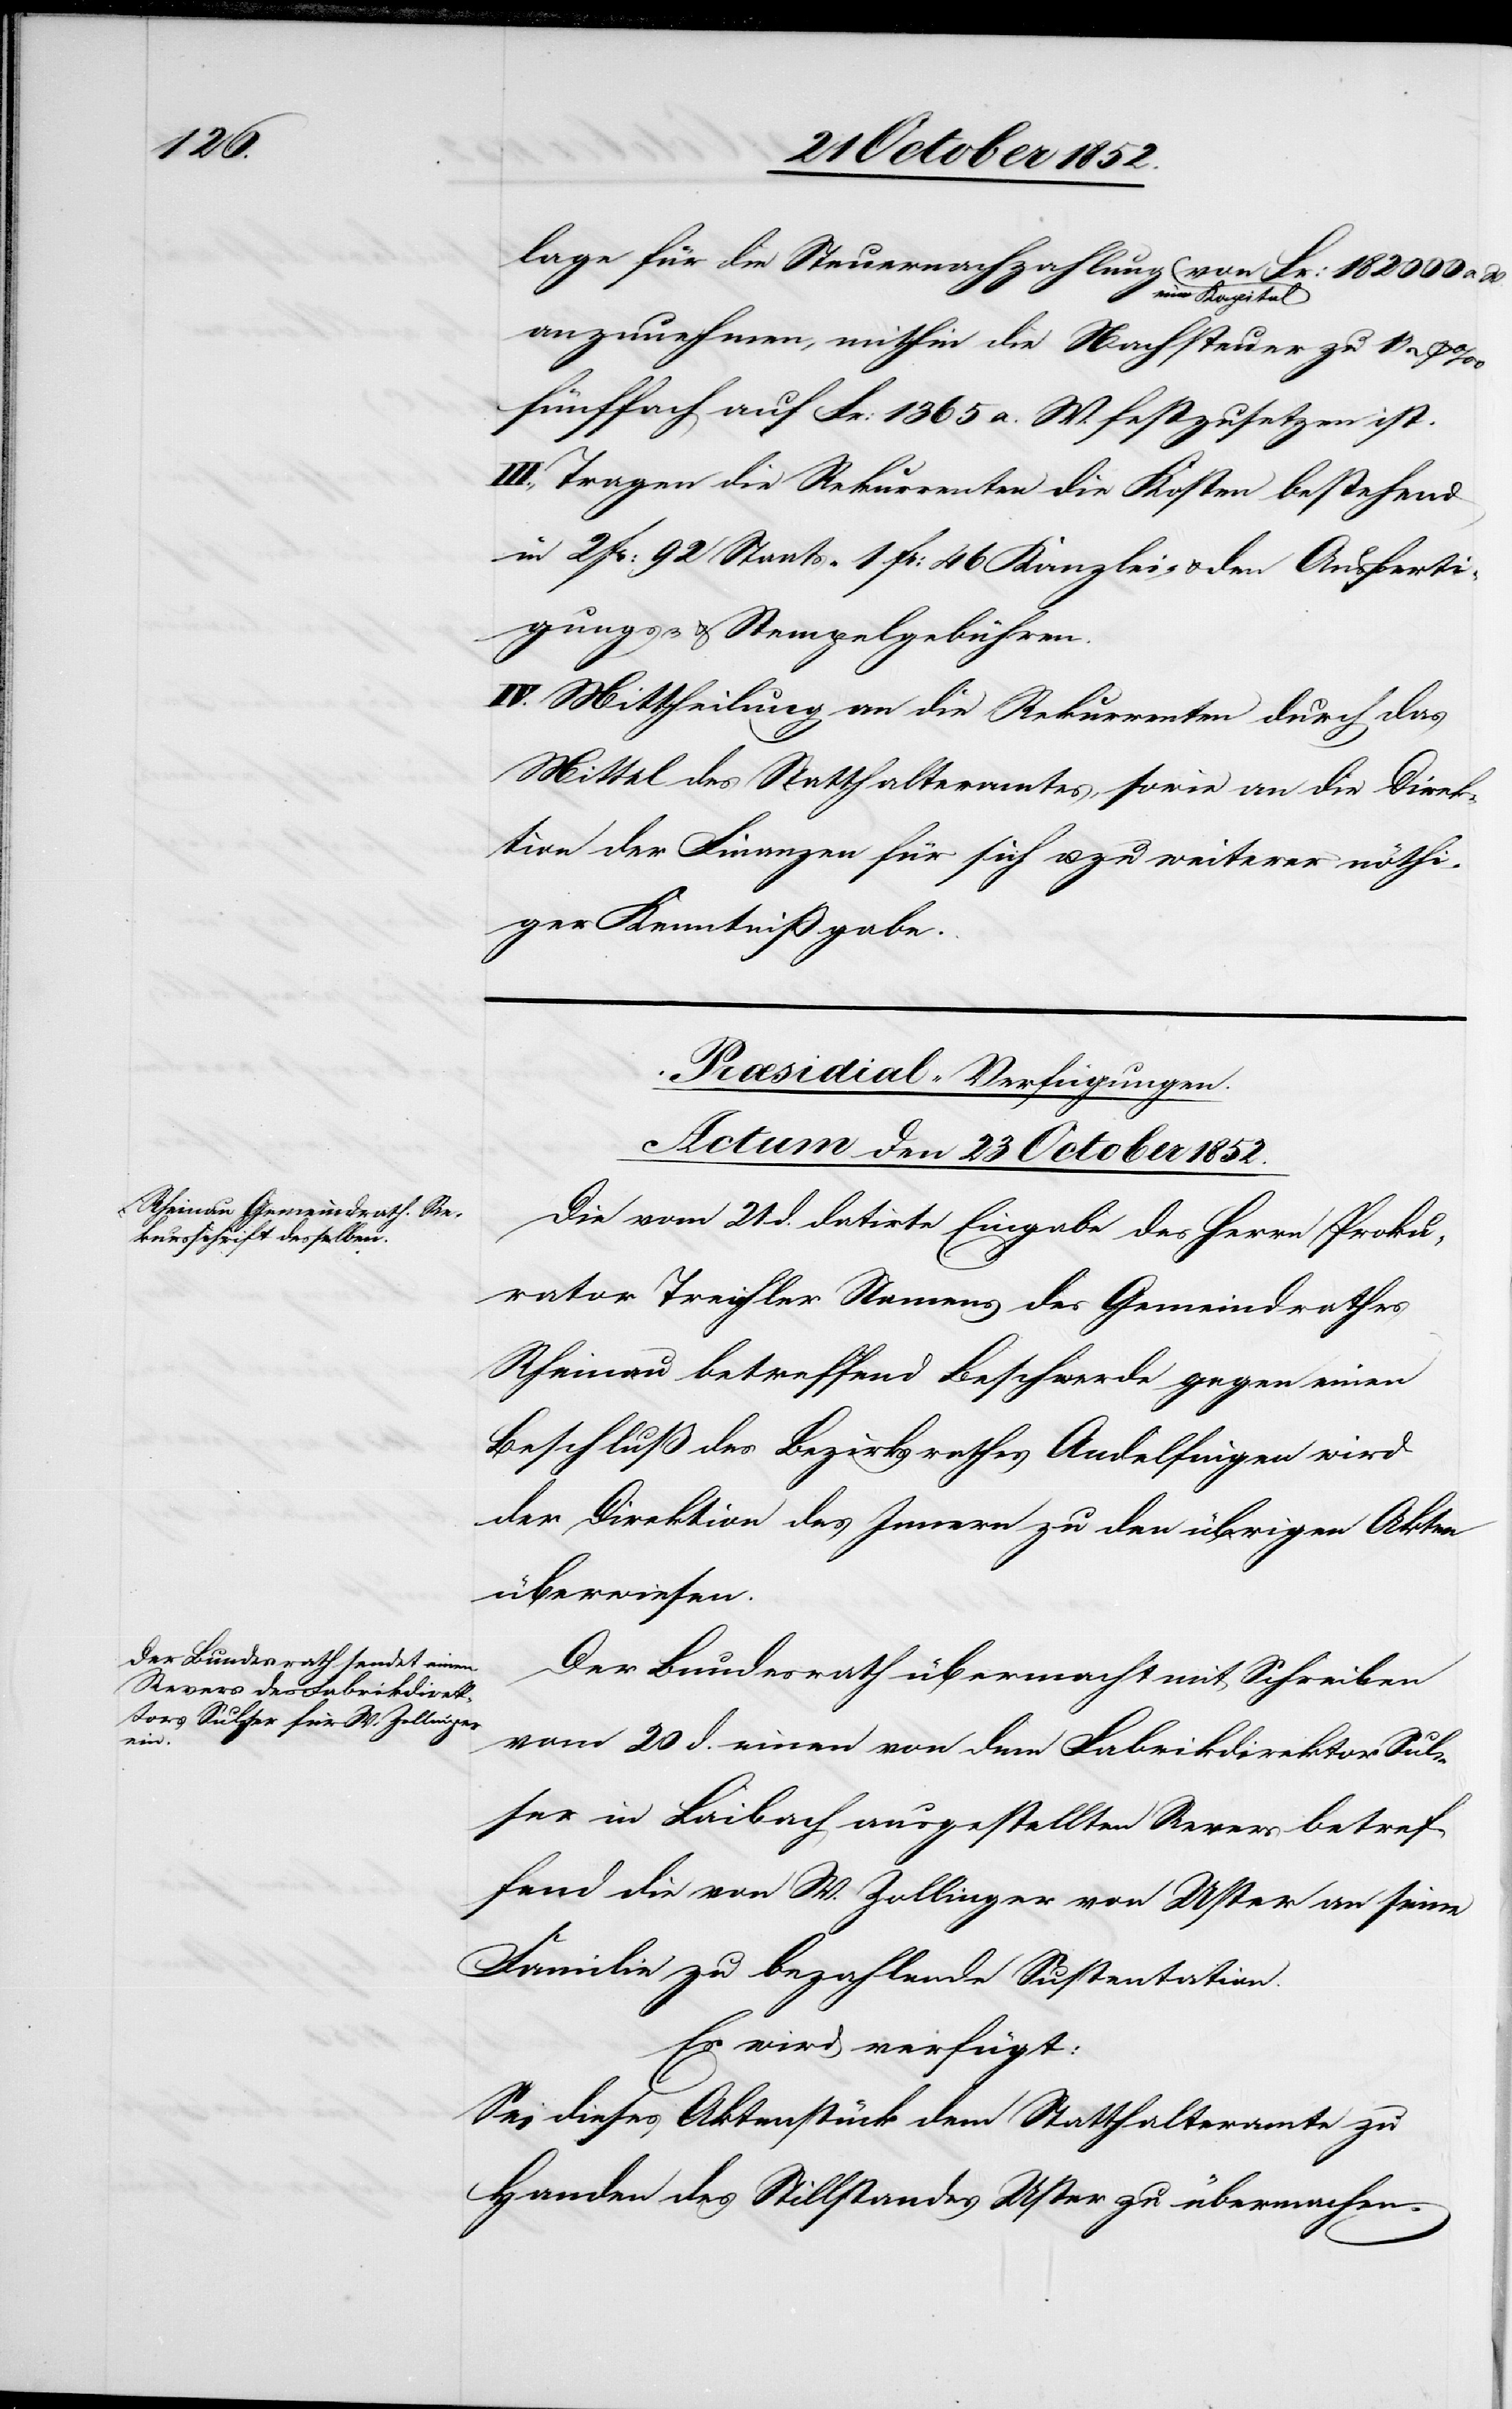
1852.]

lage für die Steuernachzahlung ein Kapital von
W.
anzunehmen, mithin die Nachsteuer zu 1 1/2
fünffach auf Fr: 1365 a. W. festzusetzen ist.
III., Tragen die Rekurrenten die Kosten bestehend
in 2 Fr: 92 Staats-[,] 1 Fr: 46 Kanzlei- & den Ausferti¬
gungs- & Stempelgebühren.
IV. Mittheilung an die Rekurrenten durch das
Mittel des Statthalteramtes, sowie an die Direk¬
tion der Finanzen für sich u. zu weiterer nöthi¬
ger Kenntnißgabe.
[Præsidial-Verfügungen.
Actum den 23 October
Die vom 21 d. datirte Eingabe des Herrn Proku¬
rator Treichler Namens des Gemeindrathes
Rheinau betreffend Beschwerde gegen einen
Beschluß des Bezirksrathes Andelfingen wird
der Direktion des Innern zu den übrigen Akten
überwiesen.
Der Bundesrath übermacht mit Schreiben
vom 20 d. einen von dem Fabrikdirektor Sul¬
ser in Laibach ausgestellten Revers betref¬
fend die von W. Zollinger von Uster an seine
Familie zu bezahlende Sustentation.
Es wird verfügt:
Sei dieses Aktenstück dem Statthalteramte zu
Handen des Stillstandes Uster zu übermachen.